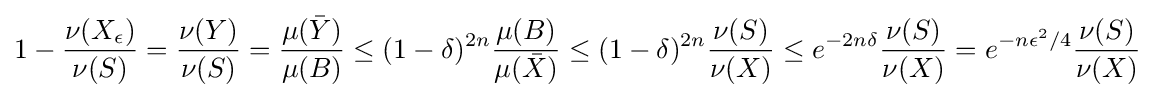
1-{\frac {\nu (X_{\epsilon })}{\nu (S)}}={\frac {\nu (Y)}{\nu (S)}}={\frac {\mu ({\bar {Y}})}{\mu (B)}}\leq (1-\delta )^{2n}{\frac {\mu (B)}{\mu ({\bar {X}})}}\leq (1-\delta )^{2n}{\frac {\nu (S)}{\nu (X)}}\leq e^{-2n\delta }{\frac {\nu (S)}{\nu (X)}}=e^{-n\epsilon ^{2}/4}{\frac {\nu (S)}{\nu (X)}}